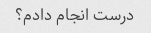
درست انجام دادم؟